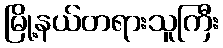
မြို့နယ်တရားသူကြီး